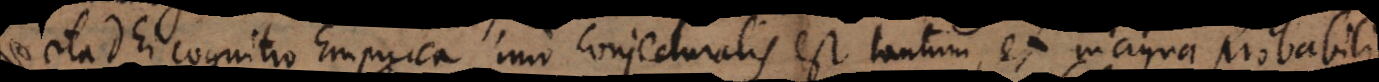
ita Dei cognitio Empirica imo conjecturalis est tantum, et magna probabili